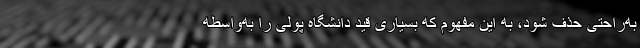
به‌راحتی حذف شود، به این مفهوم که بسیاری قید دانشگاه پولی را به‌واسطه